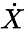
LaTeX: \dot{X}